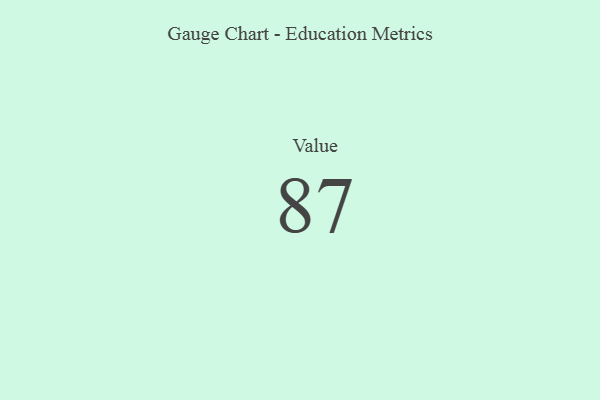
{"axis": {"x": "Metric", "y": "Value"}, "legend": [""], "data": [{"x": "Value", "y": 87, "type": ""}]}